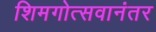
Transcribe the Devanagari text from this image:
शिमगोत्सवानंतर